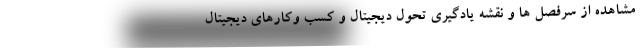
مشاهده از سرفصل ها و نقشه یادگیری تحول دیجیتال و کسب وکارهای دیجیتال